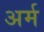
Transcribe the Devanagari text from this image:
अर्म